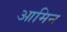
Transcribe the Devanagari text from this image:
आमिन